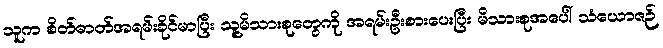
သူက စိတ်ဓာတ်အရမ်းခိုင်မာပြီး သူ့မိသားစုတွေကို အရမ်းဦးစားပေးပြီး မိသားစုအပေါ် သံယောဇဉ်